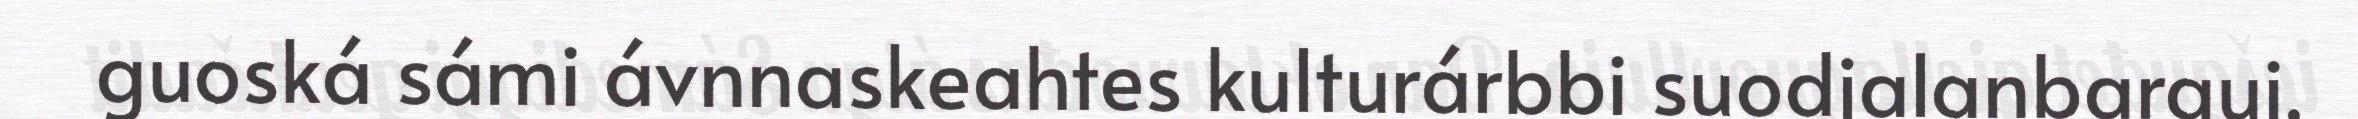
guoská sámi ávnnaskeahtes kulturárbbi suodjalanbargui,